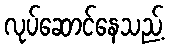
လုပ်ဆောင်နေသည့်